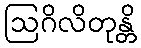
ဩဂိလိတုန္တိ